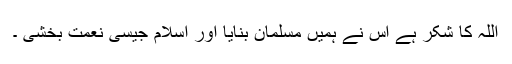
اللہ کا شکر ہے اس نے ہمیں مسلمان بنایا اور اسلام جیسی نعمت بخشی ۔